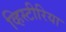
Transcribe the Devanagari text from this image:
व्हिस्टीरिया